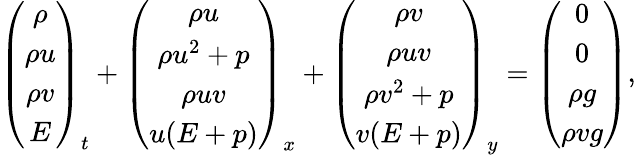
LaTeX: \left(\begin{array}{c}{\rho}\\ {\rho u}\\ {\rho v}\\ {E}\end{array}\right)_{t}+\left(\begin{array}{c}{\rho u}\\ {\rho u^{2}+p}\\ {\rho uv}\\ {u(E+p)}\end{array}\right)_{x}+\left(\begin{array}{c}{\rho v}\\ {\rho uv}\\ {\rho v^{2}+p}\\ {v(E+p)}\end{array}\right)_{y}=\left(\begin{array}{c}{0}\\ {0}\\ {\rho g}\\ {\rho vg}\end{array}\right),